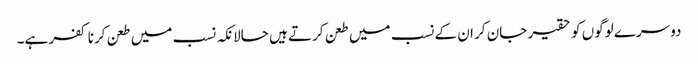
دوسرے لوگوں کو حقیر جان کر ان کے نسب میں طعن کرتے ہیں حالانکہ نسب میں طعن کرنا کفر ہے۔